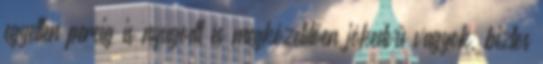
egyetlen percig is nyugodt és megközelítően jókedvű vagyok, biztos